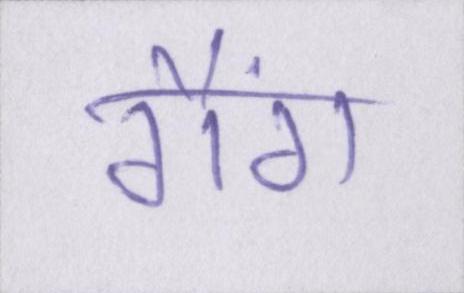
गैंग